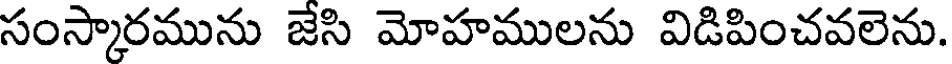
సంస్కారమును జేసి మోహములను విడిపించవలెను.